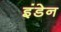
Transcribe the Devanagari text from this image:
इंडेन